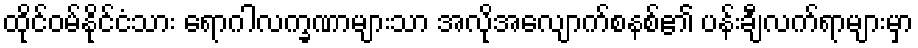
ထိုင်ဝမ်နိုင်ငံသား ရောဂါလက္ခဏာများသာ အလိုအလျောက်စနစ်၏ ပန်းချီလက်ရာများမှာ